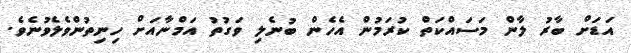
އަޑަށް ބާރު ލާން މަސައްކަތް ކުރަމުން އެހެން ބުނެލި ވަގުތު އަމްނާއަށް ހިނިތުންވެލެވުނެވެ.